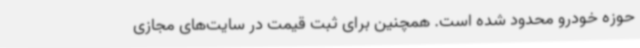
حوزه خودرو محدود شده است. همچنین برای ثبت قیمت در سایت‌های مجازی